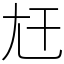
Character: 𡯋